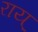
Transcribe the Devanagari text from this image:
राय्